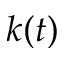
k ( t )